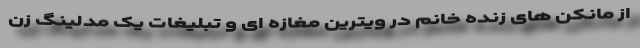
از مانکن های زنده خانم در ویترین مغازه ای و تبلیغات یک مدلینگ زن